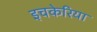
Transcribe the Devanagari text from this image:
इचकेरिया